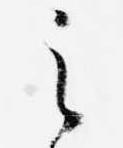
之